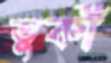
তুর্কী